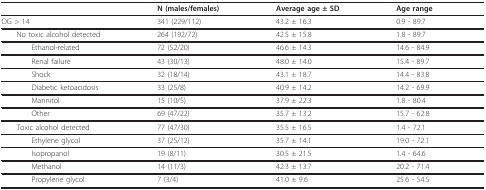
<table><thead><tr><td></td><td><b>N (males/females)</b></td><td><b>Average age ± SD</b></td><td><b>Age range</b></td></tr></thead><tbody><tr><td>OG &gt; 14</td><td>341 (229/112)</td><td>43.2 ± 16.3</td><td>0.9 - 89.7</td></tr><tr><td> No toxic alcohol detected</td><td>264 (192/72)</td><td>42.5 ± 15.8</td><td>1.8 - 89.7</td></tr><tr><td>Ethanol-related</td><td>72 (52/20)</td><td>46.6 ± 14.3</td><td>14.6 - 84.9</td></tr><tr><td>Renal failure</td><td>43 (30/13)</td><td>48.0 ± 14.0</td><td>15.4 - 89.7</td></tr><tr><td>Shock</td><td>32 (18/14)</td><td>43.1 ± 18.7</td><td>14.4 - 83.8</td></tr><tr><td>Diabetic ketoacidosis</td><td>33 (25/8)</td><td>40.9 ± 14.2</td><td>14.2 - 69.9</td></tr><tr><td>Mannitol</td><td>15 (10/5)</td><td>37.9 ± 22.3</td><td>1.8 - 80.4</td></tr><tr><td>Other</td><td>69 (47/22)</td><td>35.7 ± 13.2</td><td>15.7 - 62.8</td></tr><tr><td> Toxic alcohol detected</td><td>77 (47/30)</td><td>35.5 ± 16.5</td><td>1.4 - 72.1</td></tr><tr><td>Ethylene glycol</td><td>37 (25/12)</td><td>35.7 ± 14.1</td><td>19.0 - 72.1</td></tr><tr><td>Isopropanol</td><td>19 (8/11)</td><td>30.5 ± 21.5</td><td>1.4 - 64.6</td></tr><tr><td>Methanol</td><td>14 (11/3)</td><td>42.3 ± 13.7</td><td>20.2 - 71.4</td></tr><tr><td>Propylene glycol</td><td>7 (3/4)</td><td>41.0 ± 9.6</td><td>25.6 - 54.5</td></tr></tbody></table>